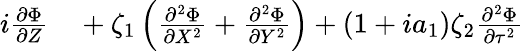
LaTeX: \begin{array}{rl}{i\frac{\partial\Phi}{\partial Z}}&{{}+\zeta_{1}\left(\frac{\partial^{2}\Phi}{\partial X^{2}}+\frac{\partial^{2}\Phi}{\partial Y^{2}}\right)+\left(1+ia_{1}\right)\zeta_{2}\frac{\partial^{2}\Phi}{\partial\tau^{2}}}\end{array}